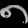
Digit: ၈